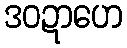
ဒဝဍာဟေ